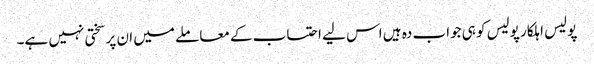
پولیس اہلکار پولیس کو ہی جواب دہ ہیں اس لیے احتساب کے معاملے میں ان پر سختی نہیں ہے۔